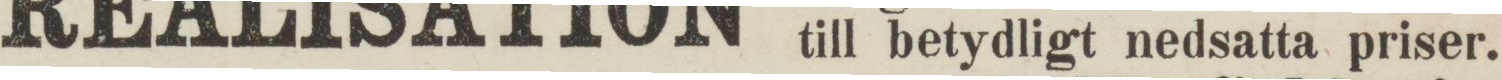
till betydligt nedsatta priser.